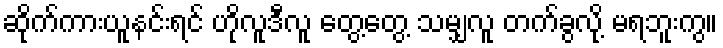
ဆိုက်ကားယူနင်းရင် ဟိုလူဒီလူ တွေ့တွေ့ သမျှလူ တက်ခွလို့ မရဘူးကွ။